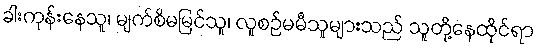
ခါးကုန်းနေသူ၊ မျက်စိမမြင်သူ၊ လူစဉ်မမီသူများသည် သူတို့နေထိုင်ရာ